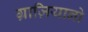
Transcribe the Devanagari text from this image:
ग्राज़ियानो